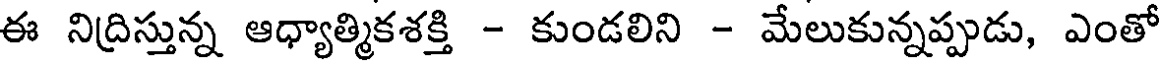
ఈ నిద్రిస్తున్న ఆధ్యాత్మికశక్తి - కుండలిని - మేలుకున్నప్పుడు, ఎంతో